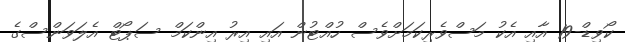
ކޯވިޑް-19 އާއި އެކު މަސްވެރިކަމަށްވެސް ހުއްޓުން އައި އިރު އިންކަމް ސަޕޯޓް އެލަވަންސްގެ